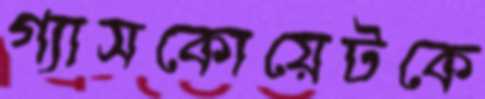
গ্যাসকোয়েটকে